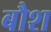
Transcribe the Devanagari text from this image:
बौश